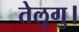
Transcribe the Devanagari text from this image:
तेलुगु।